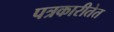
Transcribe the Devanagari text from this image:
पत्रकारीतेत